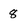
Character: 8